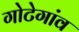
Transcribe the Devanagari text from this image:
गोटेगांव